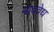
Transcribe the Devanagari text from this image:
नादवेध